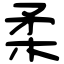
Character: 柔